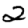
Digit: 2